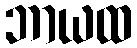
ဘာယထ